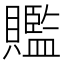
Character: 𧸦